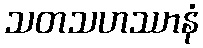
သတသဟဿာနံ